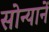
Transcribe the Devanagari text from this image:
सोन्यानें